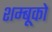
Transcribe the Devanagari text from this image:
शम्बूको